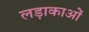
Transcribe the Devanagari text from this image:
लड़ाकाओं